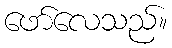
ဖော်လေသည်။